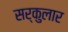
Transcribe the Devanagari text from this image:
सर्कुलार